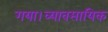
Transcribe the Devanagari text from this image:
गया।व्यावसायिक